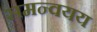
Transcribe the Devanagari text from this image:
समन्वयय